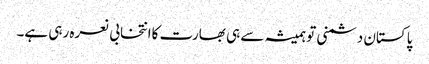
پاکستان دشمنی تو ہمیشہ سے ہی بھارت کاانتخابی نعرہ رہی ہے۔